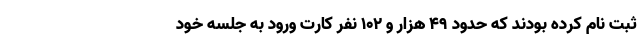
ثبت نام کرده بودند که حدود ۴۹ هزار و ۱۰۲ نفر کارت ورود به جلسه خود